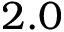
2 . 0